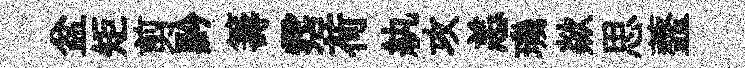
盆矩剪黔籌霑荷紈攻恙璣歘思虀